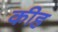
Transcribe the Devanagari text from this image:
कीह